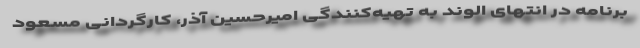
برنامه در انتهای الوند به تهیه‌کنندگی امیرحسین آذر، کارگردانی مسعود